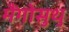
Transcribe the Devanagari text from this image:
मैंगोसुथु